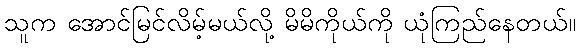
သူက အောင်မြင်လိမ့်မယ်လို့ မိမိကိုယ်ကို ယုံကြည်နေတယ်။